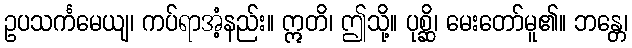
ဥပသင်္ကမေယျ၊ ကပ်ရာအံ့နည်း။ ဣတိ၊ ဤသို့။ ပုစ္ဆိ၊ မေးတော်မူ၏။ ဘန္တေ၊